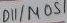
Text: D11/MOSI